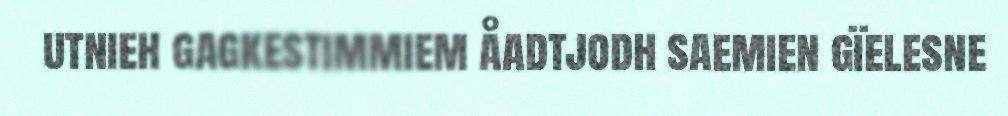
utnieh gagkestimmiem åadtjodh saemien gïelesne